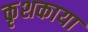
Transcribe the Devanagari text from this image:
कृशकाया